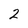
Character: 2